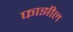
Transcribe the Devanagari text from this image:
फाझील